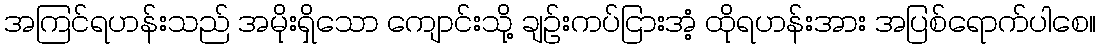
အကြင်ရဟန်းသည် အမိုးရှိသော ကျောင်းသို့ ချဉ်းကပ်ငြားအံ့ ထိုရဟန်းအား အပြစ်ရောက်ပါစေ။